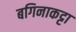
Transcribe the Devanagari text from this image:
बगिनाकट्टा